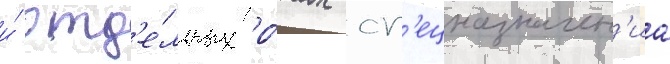
и́ отд'е́льных ро́тах сп'ецназначен'иа